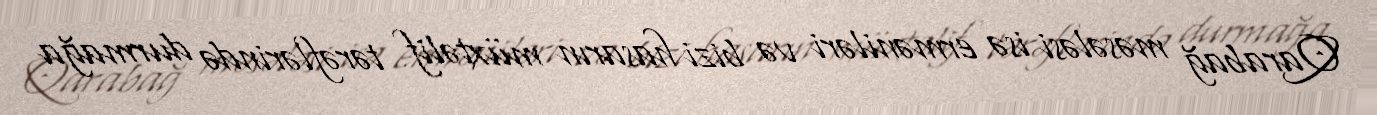
Qarabağ məsələsi isə erməniləri və bizi hasarın müxtəlif tərəflərində durmağa